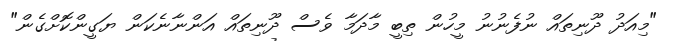
"މިއަދު ދޫނިތައް ނުފެނުނު މީހުން ތިބީ މާދަމާ ވެސް ދޫނިތައް އަންނާނެކަން ޔަގީންކޮށްގެން"